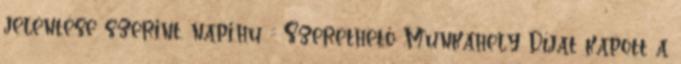
jelentése szerint. napi.hu :: Szerethető Munkahely Díjat kapott a